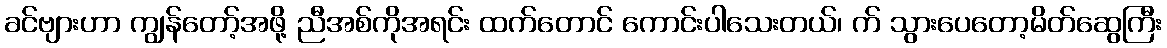
ခင်ဗျားဟာ ကျွန်တော့်အဖို့ ညီအစ်ကိုအရင်း ထက်တောင် ကောင်းပါသေးတယ်၊ က် သွားပေတော့မိတ်ဆွေကြီး